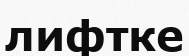
лифтке